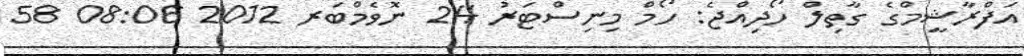
އަފްރާޝީމްގެ ގާތިލް ހޯދިއްޖެ: ހޯމް މިނިސްޓަރު 24 ނޮވެމްބަރ 2012 08:06 58